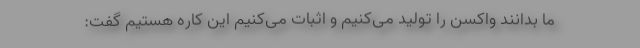
ما بدانند واکسن را تولید می‌کنیم و اثبات می‌کنیم این کاره هستیم گفت: